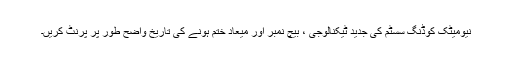
نیومیٹک کوڈنگ سسٹم کی جدید ٹیکنالوجی ، بیچ نمبر اور میعاد ختم ہونے کی تاریخ واضح طور پر پرنٹ کریں۔